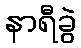
နာရီခွဲ